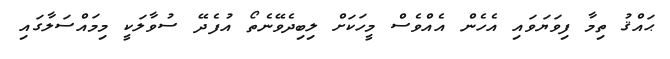
ޙައްޤު ތިމާ ފިވަޔަވައި އެހެން އެއްވެސް މީހަކަށް ލިބިދެވޭނެތޯ އުފެދޭ ސުވާލަކީ މިމައްސަލާގައި